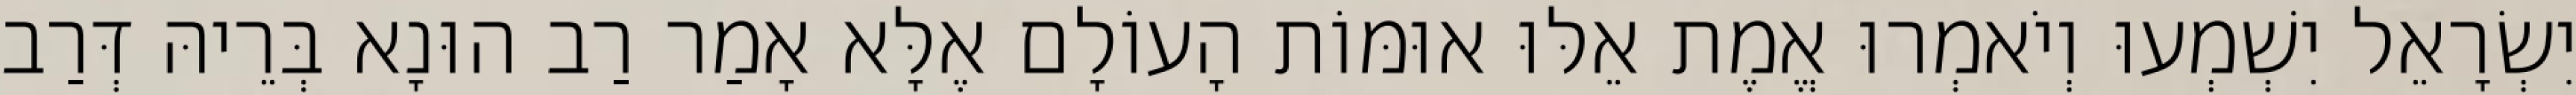
יִשְׂרָאֵל יִשְׁמְעוּ וְיֹאמְרוּ אֱמֶת אֵלּוּ אוּמּוֹת הָעוֹלָם אֶלָּא אָמַר רַב הוּנָא בְּרֵיהּ דְּרַב